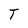
Character: T